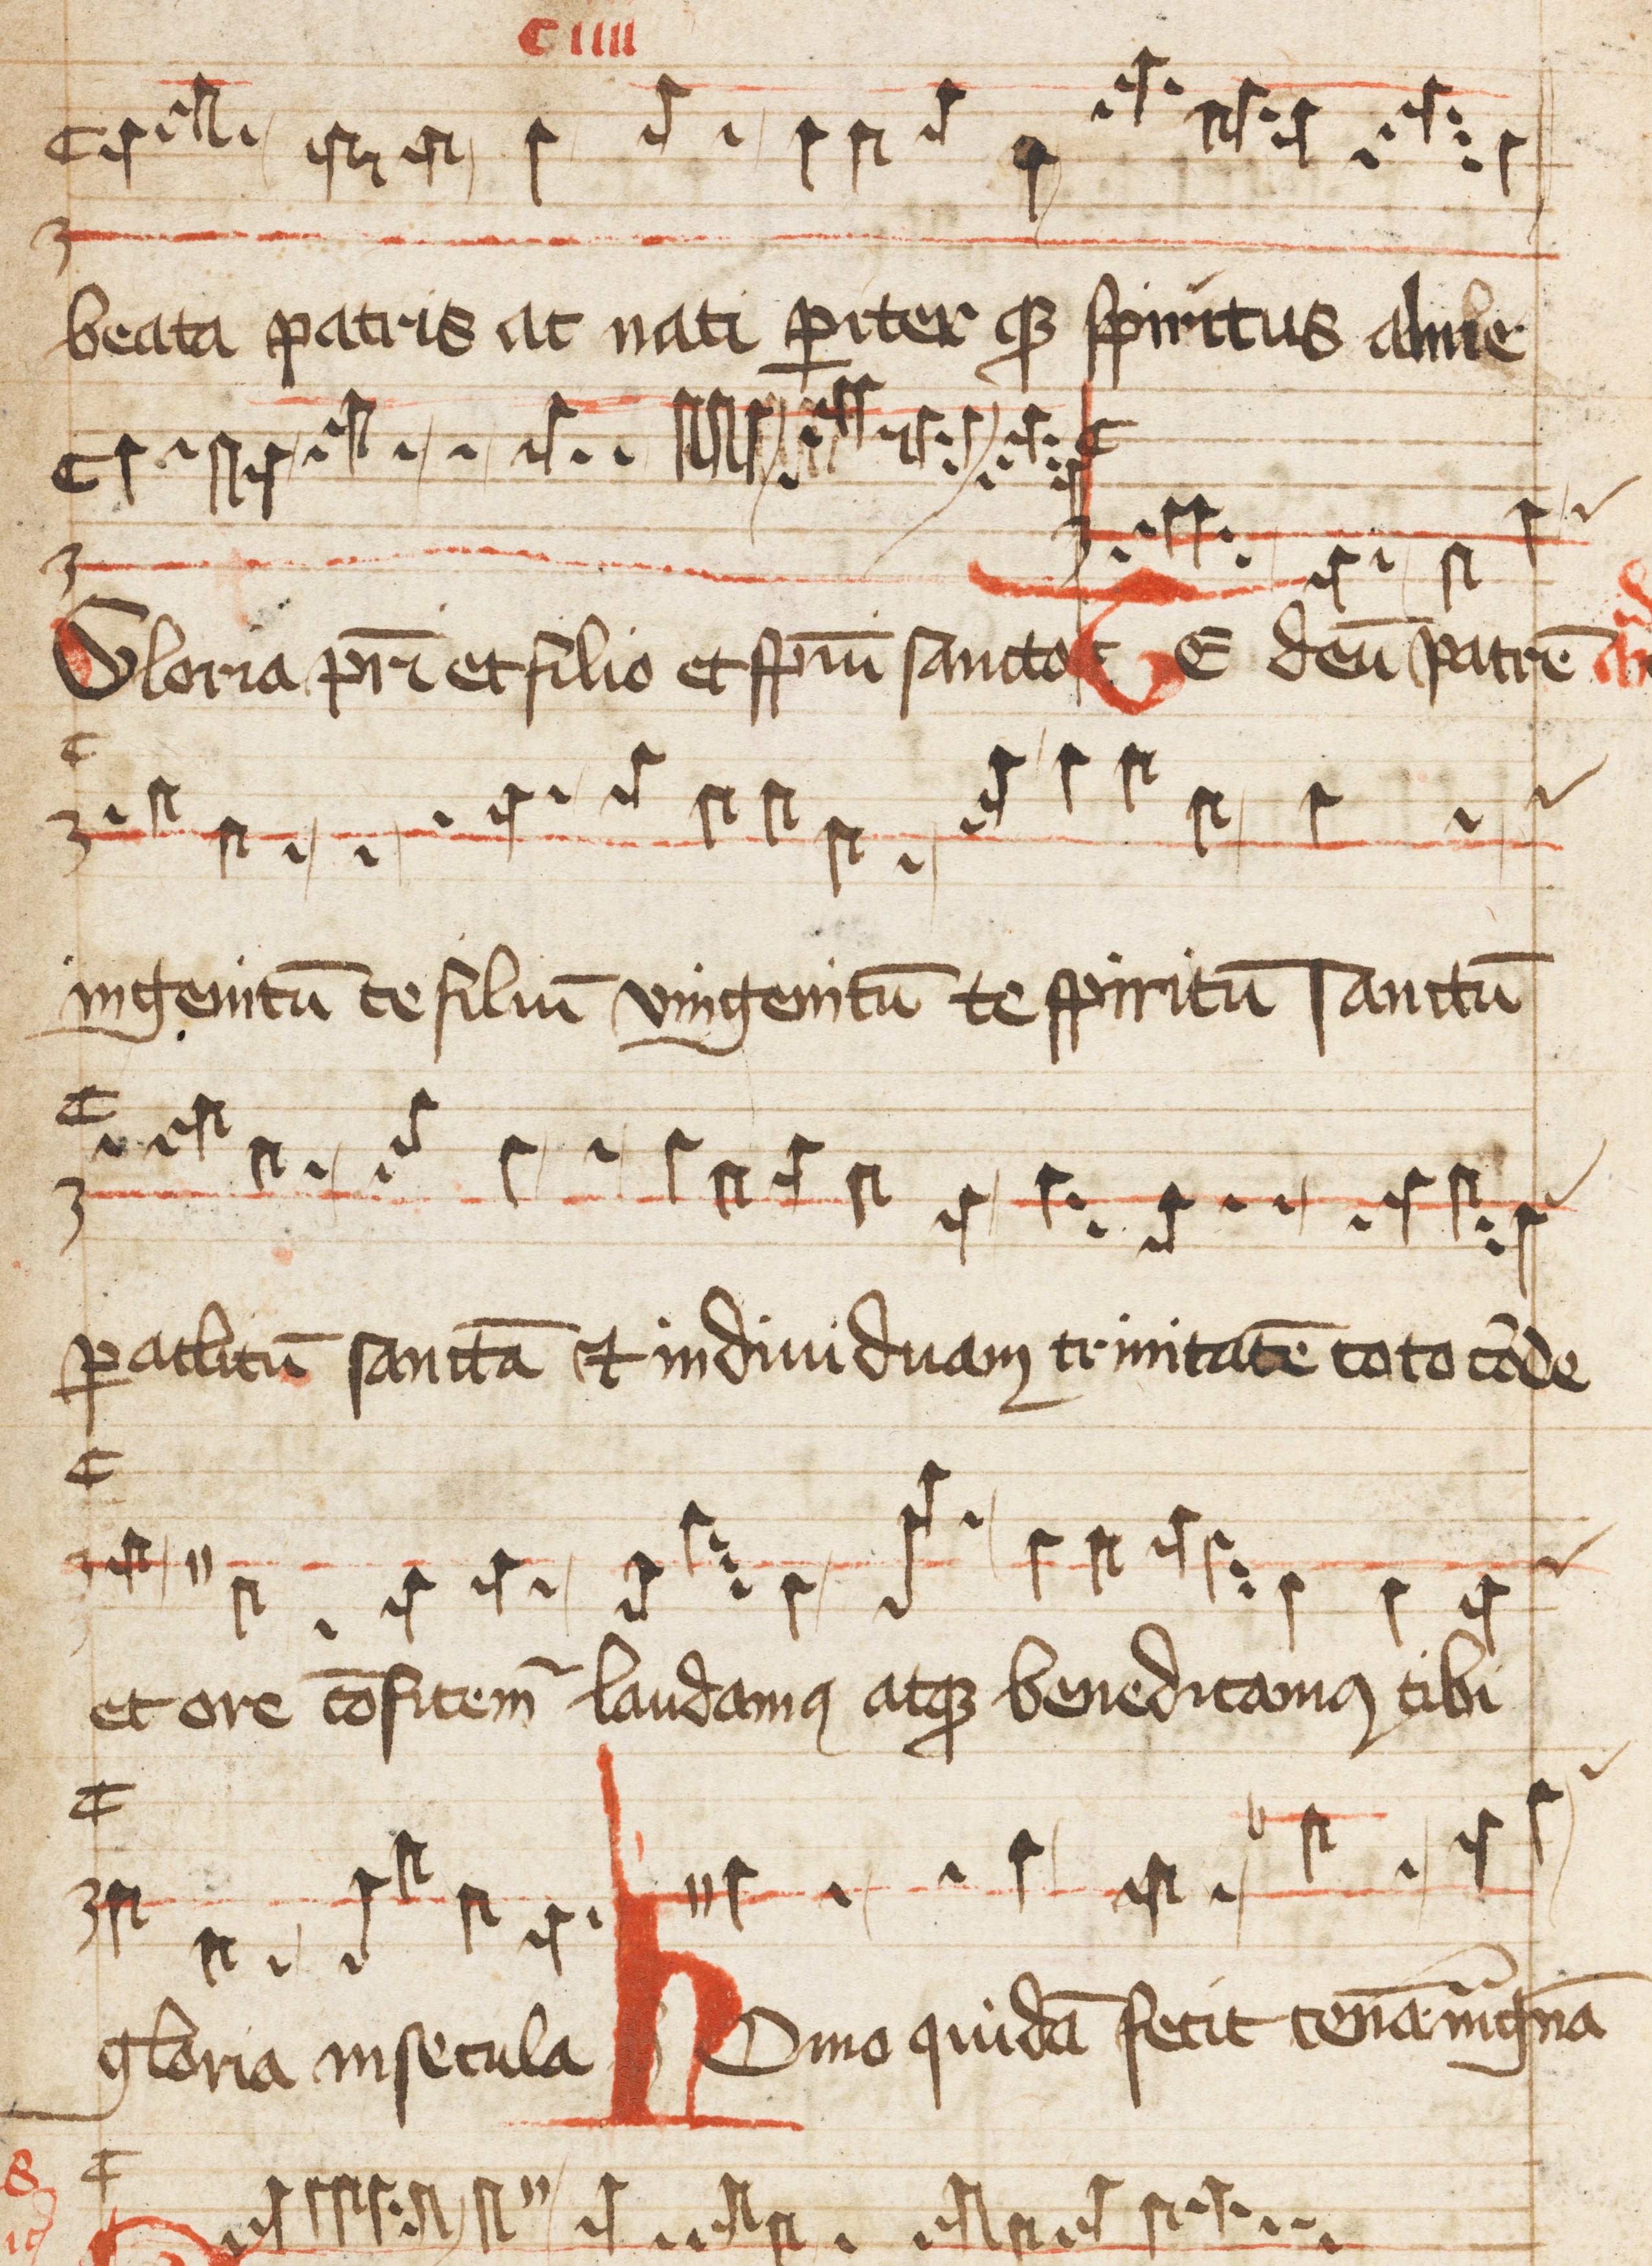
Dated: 1500–1599